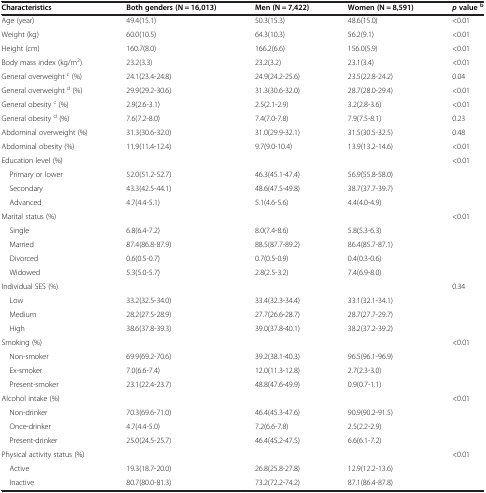
<table><thead><tr><td><b>Characteristics</b></td><td><b>Both genders (N = 16,013)</b></td><td><b>Men (N = 7,422)</b></td><td><b>Women (N = 8,591)</b></td><td><b><i>p </i>value <sup>b</sup></b></td></tr></thead><tbody><tr><td>Age (year)</td><td>49.4(15.1)</td><td>50.3(15.3)</td><td>48.6(15.0)</td><td>&lt;0.01</td></tr><tr><td>Weight (kg)</td><td>60.0(10.5)</td><td>64.3(10.3)</td><td>56.2(9.1)</td><td>&lt;0.01</td></tr><tr><td>Height (cm)</td><td>160.7(8.0)</td><td>166.2(6.6)</td><td>156.0(5.9)</td><td>&lt;0.01</td></tr><tr><td>Body mass index (kg/m<sup>2</sup>)</td><td>23.2(3.3)</td><td>23.2(3.2)</td><td>23.1(3.4)</td><td>&lt;0.01</td></tr><tr><td>General overweight <sup>c </sup>(%)</td><td>24.1(23.4-24.8)</td><td>24.9(24.2-25.6)</td><td>23.5(22.8-24.2)</td><td>0.04</td></tr><tr><td>General overweight <sup>d </sup>(%)</td><td>29.9(29.2-30.6)</td><td>31.3(30.6-32.0)</td><td>28.7(28.0-29.4)</td><td>&lt;0.01</td></tr><tr><td>General obesity <sup>c </sup>(%)</td><td>2.9(2.6-3.1)</td><td>2.5(2.1-2.9)</td><td>3.2(2.8-3.6)</td><td>&lt;0.01</td></tr><tr><td>General obesity <sup>d </sup>(%)</td><td>7.6(7.2-8.0)</td><td>7.4(7.0-7.8)</td><td>7.9(7.5-8.1)</td><td>0.23</td></tr><tr><td>Abdominal overweight (%)</td><td>31.3(30.6-32.0)</td><td>31.0(29.9-32.1)</td><td>31.5(30.5-32.5)</td><td>0.48</td></tr><tr><td>Abdominal obesity (%)</td><td>11.9(11.4-12.4)</td><td>9.7(9.0-10.4)</td><td>13.9(13.2-14.6)</td><td>&lt;0.01</td></tr><tr><td>Education level (%)</td><td> </td><td> </td><td> </td><td>&lt;0.01</td></tr><tr><td> Primary or lower</td><td>52.0(51.2-52.7)</td><td>46.3(45.1-47.4)</td><td>56.9(55.8-58.0)</td><td> </td></tr><tr><td> Secondary</td><td>43.3(42.5-44.1)</td><td>48.6(47.5-49.8)</td><td>38.7(37.7-39.7)</td><td> </td></tr><tr><td> Advanced</td><td>4.7(4.4-5.1)</td><td>5.1(4.6-5.6)</td><td>4.4(4.0-4.9)</td><td> </td></tr><tr><td>Marital status (%)</td><td> </td><td> </td><td> </td><td>&lt;0.01</td></tr><tr><td> Single</td><td>6.8(6.4-7.2)</td><td>8.0(7.4-8.6)</td><td>5.8(5.3-6.3)</td><td> </td></tr><tr><td> Married</td><td>87.4(86.8-87.9)</td><td>88.5(87.7-89.2)</td><td>86.4(85.7-87.1)</td><td> </td></tr><tr><td> Divorced</td><td>0.6(0.5-0.7)</td><td>0.7(0.5-0.9)</td><td>0.4(0.3-0.6)</td><td> </td></tr><tr><td> Widowed</td><td>5.3(5.0-5.7)</td><td>2.8(2.5-3.2)</td><td>7.4(6.9-8.0)</td><td> </td></tr><tr><td>Individual SES (%)</td><td> </td><td> </td><td> </td><td>0.34</td></tr><tr><td> Low</td><td>33.2(32.5-34.0)</td><td>33.4(32.3-34.4)</td><td>33.1(32.1-34.1)</td><td> </td></tr><tr><td> Medium</td><td>28.2(27.5-28.9)</td><td>27.7(26.6-28.7)</td><td>28.7(27.7-29.7)</td><td> </td></tr><tr><td> High</td><td>38.6(37.8-39.3)</td><td>39.0(37.8-40.1)</td><td>38.2(37.2-39.2)</td><td> </td></tr><tr><td>Smoking (%)</td><td> </td><td> </td><td> </td><td>&lt;0.01</td></tr><tr><td> Non-smoker</td><td>69.9(69.2-70.6)</td><td>39.2(38.1-40.3)</td><td>96.5(96.1-96.9)</td><td> </td></tr><tr><td> Ex-smoker</td><td>7.0(6.6-7.4)</td><td>12.0(11.3-12.8)</td><td>2.7(2.3-3.0)</td><td> </td></tr><tr><td> Present-smoker</td><td>23.1(22.4-23.7)</td><td>48.8(47.6-49.9)</td><td>0.9(0.7-1.1)</td><td> </td></tr><tr><td>Alcohol intake (%)</td><td> </td><td> </td><td> </td><td>&lt;0.01</td></tr><tr><td> Non-drinker</td><td>70.3(69.6-71.0)</td><td>46.4(45.3-47.6)</td><td>90.9(90.2-91.5)</td><td> </td></tr><tr><td> Once-drinker</td><td>4.7(4.4-5.0)</td><td>7.2(6.6-7.8)</td><td>2.5(2.2-2.9)</td><td> </td></tr><tr><td> Present-drinker</td><td>25.0(24.5-25.7)</td><td>46.4(45.2-47.5)</td><td>6.6(6.1-7.2)</td><td> </td></tr><tr><td>Physical activity status (%)</td><td> </td><td> </td><td> </td><td>&lt;0.01</td></tr><tr><td> Active</td><td>19.3(18.7-20.0)</td><td>26.8(25.8-27.8)</td><td>12.9(12.2-13.6)</td><td> </td></tr><tr><td> Inactive</td><td>80.7(80.0-81.3)</td><td>73.2(72.2-74.2)</td><td>87.1(86.4-87.8)</td><td> </td></tr></tbody></table>